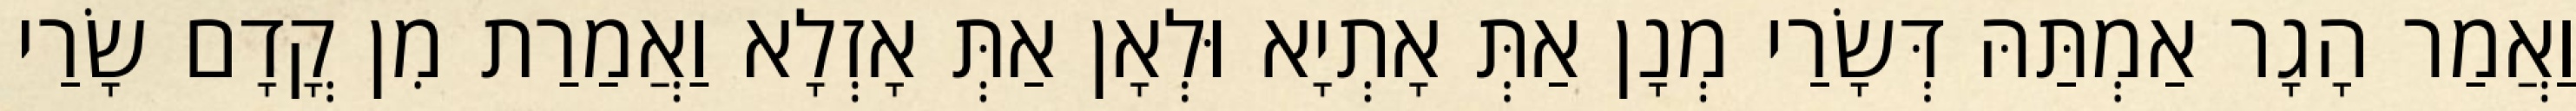
וַאֲמַר הָגָר אַמְתַּהּ דְּשָׂרַי מְנָן אַתְּ אָתְיָא וּלְאָן אַתְּ אָזְלָא וַאֲמַרַת מִן קֳדָם שָׂרַי